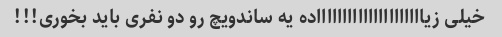
خیلی زیاااااااااااااااااااااده یه ساندویچ رو دو نفری باید بخوری!!!